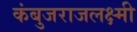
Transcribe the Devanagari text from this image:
कंबुजराजलक्ष्मी